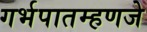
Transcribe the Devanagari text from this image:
गर्भपातम्हणजे